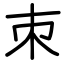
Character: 朿